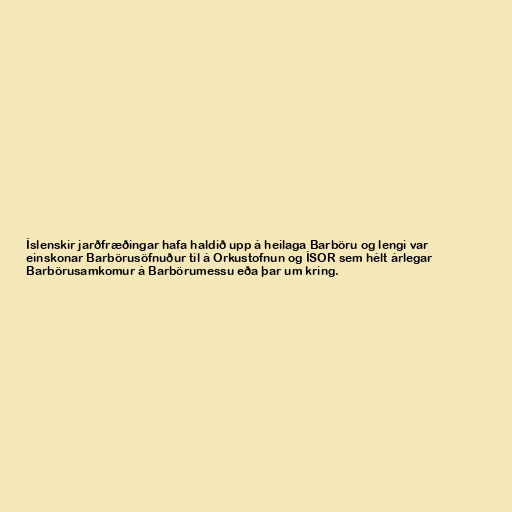
Íslenskir jarðfræðingar hafa haldið upp á heilaga Barböru og lengi var
einskonar Barbörusöfnuður til á Orkustofnun og ÍSOR sem hélt árlegar
Barbörusamkomur á Barbörumessu eða þar um kring.